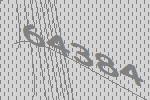
64384